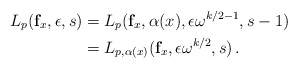
\begin{align*} L_{p}(\mathbf{f}_x,\epsilon,s)&=L_{p}(\mathbf{f}_x,\alpha(x),\epsilon\omega^{k/2-1},{s-1})\\&=L_{p,\alpha(x)}(\mathbf{f}_x,\epsilon\omega^{k/2},{s})\,.\end{align*}